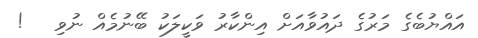
އައްޔުބެގެ މަރުގެ ދައުވާއަށް އިންކާރު ވަކީލަކު ބޭނުމެއް ނުވި   !